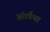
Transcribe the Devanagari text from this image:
अंतर्पंथा